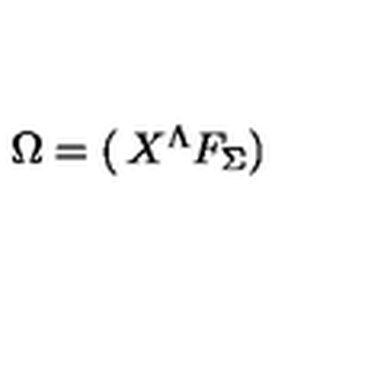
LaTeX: \Omega = \left( \begin{matrix} { X ^ { \Lambda } } \\ { F _ { \Sigma } } \\ \end{matrix} \right)